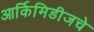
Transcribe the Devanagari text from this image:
आर्किमिडीजचे